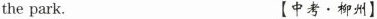
the park. 【中考 · 柳州】